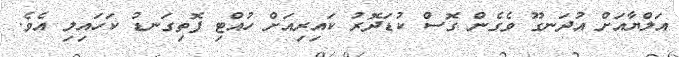
އަލްޔާއަށް އުދަނގޫ ވެގެން ގޮސް ކުޑަދޮރު ކައިރިއަށް ހުއްޓި ފޮތިގަނޑު ކަހައިލި އެވެ.